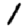
Digit: 1